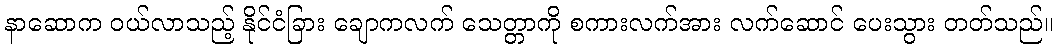
နာဆောက ဝယ်လာသည့် နိုင်ငံခြား ချောကလက် သေတ္တာကို စကားလက်အား လက်ဆောင် ပေးသွား တတ်သည်။